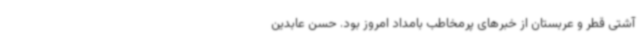
آشتی قطر و عربستان از خبرهای پرمخاطب بامداد امروز بود. حسن عابدین